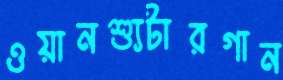
ওয়ানশ্যুটারগান